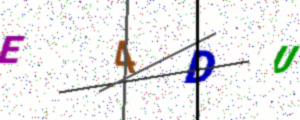
Text: E4DU